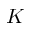
K